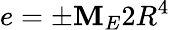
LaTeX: e=\pm\mathbf{M}_{E}2R^{4}